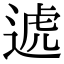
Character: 𨔛